Sketch of the medical history of the native army of Bombay, for the year
Year: 1872
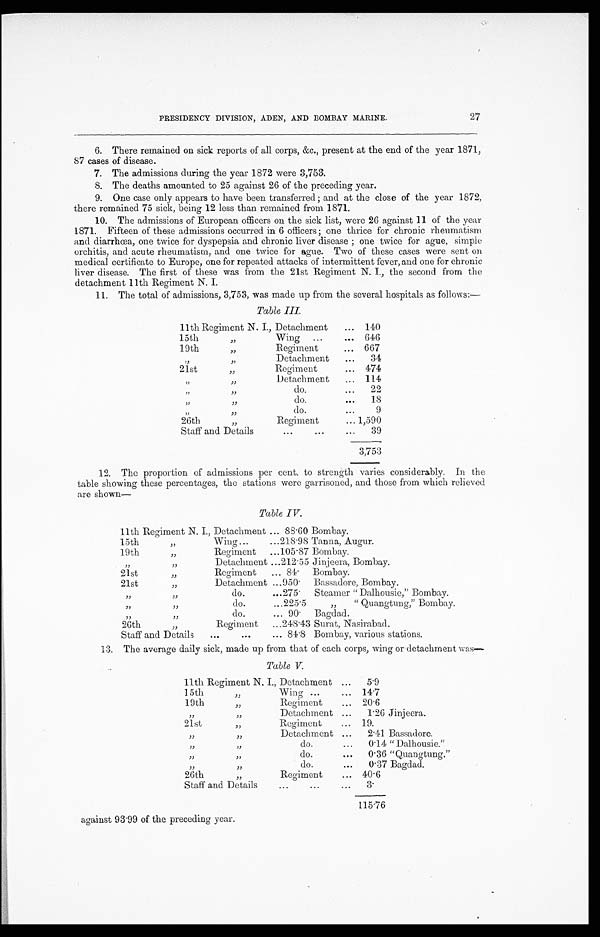
27
PRESIDENCY DIVISION, ADEN, AND BOMBAY MARINE.
6. There remained on sick reports of all corps, &c., present at the end of the year 1871,
87 cases of disease.
7. The admissions during the year 1872 were 3,753.
8. The deaths amounted to 25 against 26 of the preceding year.
9. One case only appears to have been transferred ; and at the close of the year 1872,
there remained 75 sick, being 12 less than remained from 1871.
10. The admissions of European officers on the sick list, were 26 against 11 of the year
1871. Fifteen of these admissions occurred in 6 officers ; one thrice for chronic rheumatism
and diarrhœa, one twice for dyspepsia and chronic liver disease ; one twice for ague, simple
orchitis, and acute rheumatism, and one twice for ague. Two of these cases were sent on
medical certificate to Europe, one for repeated attacks of intermittent fever, and one for chronic
liver disease. The first of these was from the 21st Regiment N. I., the second from the
detachment 11th Regiment N. I.
11. The total of admissions, 3,753, was made up from the several hospitals as follows:—
Table III.
11th Regiment N. I., Detachment . . . 140
15th " wing . . . 646
19th " Regiment
. . . 667
" "
Detachment . . .
34
21st " Regiment . . . 474
" " D e t a c h m e n t
. . . 114
" " d o . . . .
2 2
" " d o .
. . .
18
" " do. . . .
9
26th " Regiment . . . 1,590
Staff and Details . . .
39
3,753
12. The proportion of admissions per cent. to strength varies considerably. In the
table showing these percentages, the stations were garrisoned, and those from which relieved
are shown—
Table IV.
11th Regiment N. I., Detachment . . . 88.60 Bombay.
15th " Wing . . .
218.98 Tanna, Augur.
1 9 t h " R e g i m e n t . . .
105.87 Bombay.
" " Detachment . . . 212.55 Jinjeera, Bombay.
21st " Regiment
. . . 84. Bombay.
21st " Detachment . . . 950. Bassadore, Bombay.
" " d o . . . . 275. Steamer " Dalhousie," Bombay.
" " d o . . . .
225.5
" "
Quangtung, " Bombay.
" " d o .
. . . 90. Bagdad.
26th " Regiment . . . 248.43 Surat, Nasirabad.
Staff and Details . . . 84.8 Bombay, various stations.
13. The average daily sick, made up from that of each corps, wing or detachment was—
Table V.
11th Regiment N. I., Detachment . . .
5.9
15th " Wing . . .
14.7
19th " Regiment
. . . 20.6
" "
Detachment . . .
1.26 Jinjeera.
21st " Regiment . . . 19.
" "
Detachment . . .
2.41 Bassadore.
" "
do. . . . 0.14 "Dalhousie."
" " do. . . . 0.36 "Quangtung."
" "
do. . . . 0.37 Bagdad.
26th " Regiment . . . 40.6
Staff and Details . . .
3 .
115.76
against 93.99 of the preceding year.